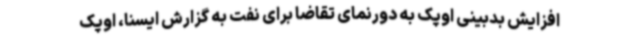
افزایش بدبینی اوپک به دورنمای تقاضا برای نفت به گزارش ایسنا، اوپک